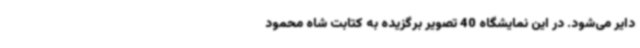
دایر می‌شود. در این نمایشگاه 40 تصویر برگزیده به کتابت شاه محمود